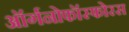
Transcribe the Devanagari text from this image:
ऑर्गनोफॉस्फोरस